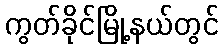
ကွတ်ခိုင်မြို့နယ်တွင်